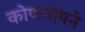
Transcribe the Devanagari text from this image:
कोणनापने